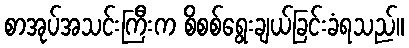
စာအုပ်အသင်းကြီးက စိစစ်ရွေးချယ်ခြင်းခံရသည်။